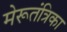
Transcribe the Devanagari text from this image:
मेरूतंत्रिका